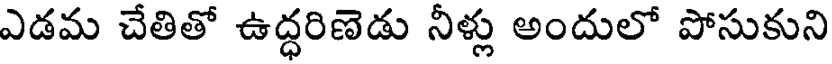
ఎడమ చేతితో ఉద్ధరిణెడు నీళ్లు అందులో పోసుకుని